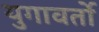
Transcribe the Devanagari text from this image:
युगावर्तो